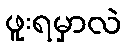
ဖူးရမှာလဲ